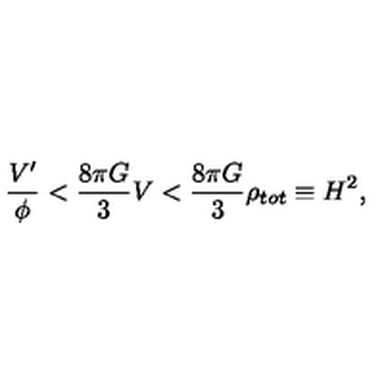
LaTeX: \frac { V ^ { \prime } } { \phi } < \frac { 8 \pi G } { 3 } V < \frac { 8 \pi G } { 3 } \rho _ { t o t } \equiv H ^ { 2 } ,